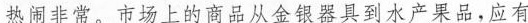
热闹非常。市场上的商品从金银器具到水产果品，应有